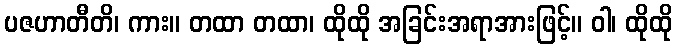
ပဇဟာတီတိ၊ ကား။ တထာ တထာ၊ ထိုထို အခြင်းအရာအားဖြင့်။ ဝါ၊ ထိုထို